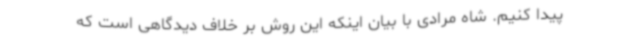
پیدا کنیم. شاه مرادی با بیان اینکه این روش بر خلاف دیدگاهی است که